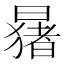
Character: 𬁑